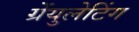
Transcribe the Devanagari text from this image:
ग्रेंयुलेटिंग